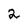
Character: 2